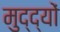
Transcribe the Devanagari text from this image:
मुद्द्यों